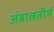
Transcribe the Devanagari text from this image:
अंबालतीर्थ